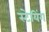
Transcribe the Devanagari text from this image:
स्टेयिंग